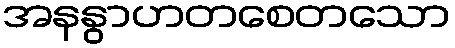
အနနွာဟတစေတသော